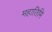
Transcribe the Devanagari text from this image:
महातिमि